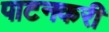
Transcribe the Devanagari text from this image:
पाटनकरी